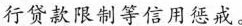
行贷款限制等信用惩戒。